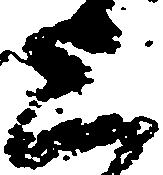
上